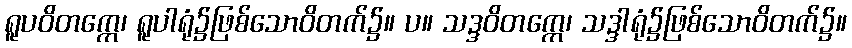
ရူပဝိတက္ကေ၊ ရူပါရုံ၌ဖြစ်သောဝိတက်၌။ ပ။ သဒ္ဒဝိတက္ကေ၊ သဒ္ဒါရုံ၌ဖြစ်သောဝိတက်၌။